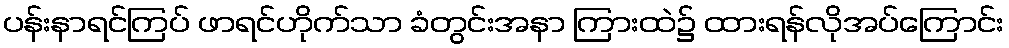
ပန်းနာရင်ကြပ် ဖာရင်ဟိုက်သာ ခံတွင်းအနာ ကြားထဲ၌ ထားရန်လိုအပ်ကြောင်း